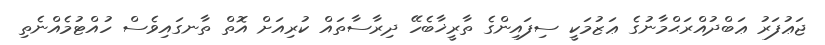
ޖަޢުފަރު ޢަބްދުއްރަޙްމާނުގެ ޢަޒުމަކީ ސިފައިންގެ ތާރީޚާބެހޭ ދިރާސާތައް ކުރިއަށް އޮތް ތާނގައިވެސް ހުއްޓުމެއްނެތި